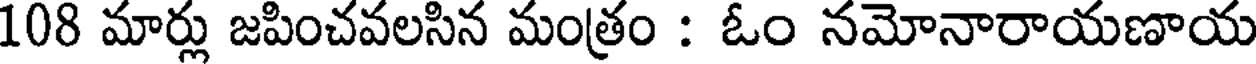
108 మార్లు జపించవలసిన మంత్రం : ఓం నమోనారాయణాయ